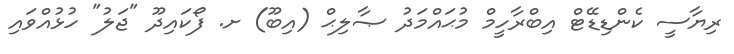
ރިޔާސީ ކެންޑިޑޭޓް އިބްރާހީމް މުޙައްމަދު ޞާލިޙް (އިބޫ) ށ. ފޯކައިދޫ "ޖަލު" ހުޅުއްވައި